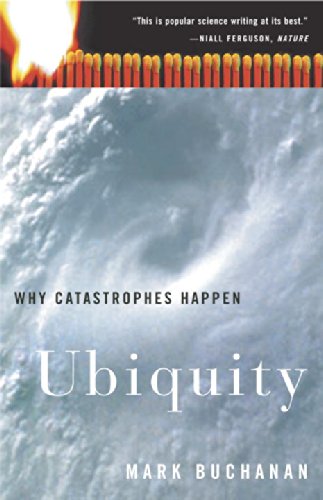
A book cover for Ubiquity: Why Catastrophes Happen; Mark Buchanan; Science & Math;